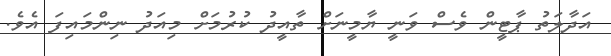
އަދާލަތު ޕާޓީން ވެސް ވަނީ ޔާމީނަށް ތާއީދު ކުރުމަށް މިއަދު ނިންމައިފަ އެވެ.